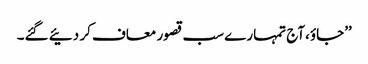
’’جاؤ،آج تمہارے سب قصور معاف کر دئیے گئے۔